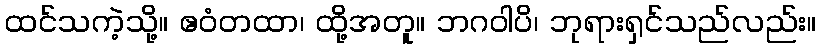
ထင်သကဲ့သို့။ ဧဝံတထာ၊ ထို့အတူ။ ဘဂဝါပိ၊ ဘုရားရှင်သည်လည်း။